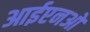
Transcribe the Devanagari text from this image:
आईएनओ